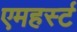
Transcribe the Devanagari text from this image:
एमहर्स्‍ट